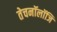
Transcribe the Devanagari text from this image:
तेचनॉलॉजि